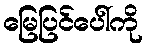
မြေပြင်ပေါ်ကို